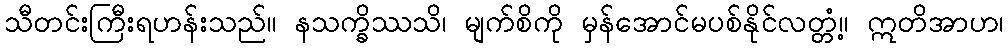
သီတင်းကြီးရဟန်းသည်။ နသက္ခိဿသိ၊ မျက်စိကို မှန်အောင်မပစ်နိုင်လတ္တံ့။ ဣတိအာဟ၊